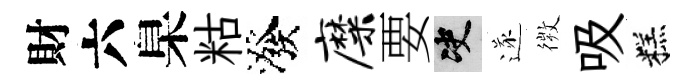
財六臬䊀潑靡要决遂𢕄吸糕